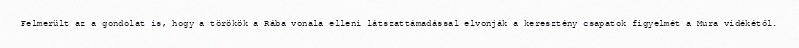
Felmerült az a gondolat is, hogy a törökök a Rába vonala elleni látszattámadással elvonják a keresztény csapatok figyelmét a Mura vidékétől.